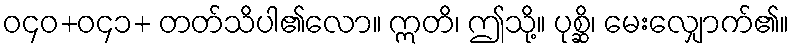
ဝ၄၀+ဝ၄၁+ တတ်သိပါ၏လော။ ဣတိ၊ ဤသို့။ ပုစ္ဆိ၊ မေးလျှောက်၏။